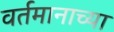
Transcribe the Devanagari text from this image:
वर्तमानाच्या